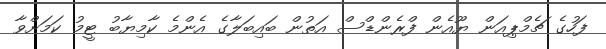
ފަހުގެ ޗެމްޕިއަން ޔޫއެން ފްރެންޑްސް އަތުން ބައިބަލާގެ އެންމެ ކާމިޔާބު ޓީމު ކަމަށްވާ